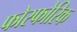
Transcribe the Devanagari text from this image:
फोस्फोरिक